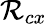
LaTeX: \mathcal{R}_{cx}